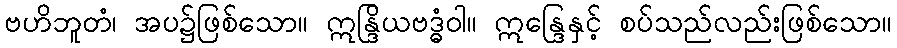
ဗဟိဘူတံ၊ အပ၌ဖြစ်သော။ ဣန္ဒြိယဗဒ္ဓံဝါ။ ဣန္ဒြေနှင့် စပ်သည်လည်းဖြစ်သော။